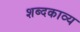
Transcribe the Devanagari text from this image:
शब्दकाव्य